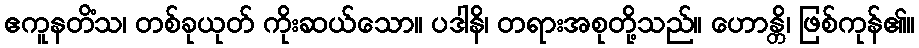
ဧကူနတိံသ၊ တစ်ခုယုတ် ကိုးဆယ်သော။ ပဒါနိ၊ တရားအစုတို့သည်။ ဟောန္တိ၊ ဖြစ်ကုန်၏။